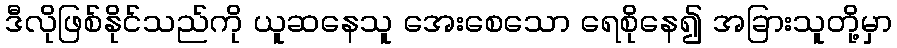
ဒီလိုဖြစ်နိုင်သည်ကို ယူဆနေသူ အေးစေသော ရေစိုနေ၍ အခြားသူတို့မှာ